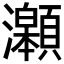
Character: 𤅆